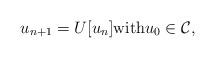
LaTeX: \begin{align*}u_{n+1}=U[u_n] \hbox{with} u_0\in\mathcal{C}, \end{align*}